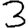
Digit: 3